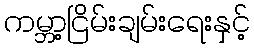
ကမ္ဘာ့ငြိမ်းချမ်းရေးနှင့်